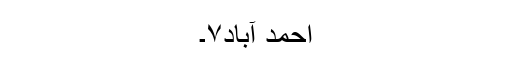
احمد آباد۷۔